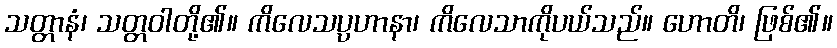
သတ္တာနံ၊ သတ္တဝါတို့၏။ ကိလေသပ္ပဟာနာ၊ ကိလေသာကိုပယ်သည်။ ဟောတိ၊ ဖြစ်၏။